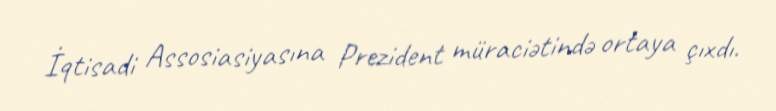
İqtisadi Assosiasiyasına Prezident müraciətində ortaya çıxdı.